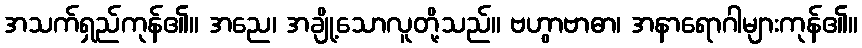
အသက်ရှည်ကုန်၏။ အညေ၊ အချို့သောလူတို့သည်။ ဗဟွာဗာဓာ၊ အနာရောဂါများကုန်၏။